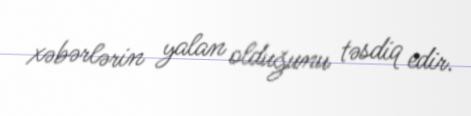
xəbərlərin yalan olduğunu təsdiq edir.